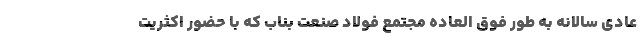
عادی سالانه به طور فوق العاده مجتمع فولاد صنعت بناب که با حضور اکثریت